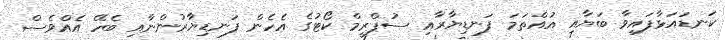
ކަނޑައަޅާފައިވާ ބަޔާއި އުއްތަމަ ފަނޑިޔާރާއި ސުޕްރީމް ކޯޓުގެ އެހެން ފަނޑިޔާރުންނާއި ބެހޭ އެއްވެސް